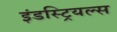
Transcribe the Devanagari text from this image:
इंडस्ट्रियल्स